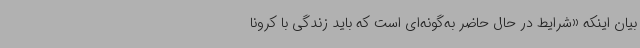
بیان اینکه «شرایط در حال حاضر به‌گونه‌ای است که باید زندگی با کرونا